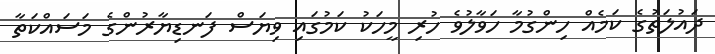
ދައުލަތުގެ ކަމެއް ހިންގުމާ ހަވާލުވެ ހުރި މީހަކު ކަމުގައި ވިޔަސް ފަނޑިޔާރުންގެ މަސައްކަތާ